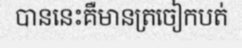
បាននេះគឺមានត្រចៀកបត់